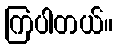
ကြပါတယ်။